Lunatic asylums Bombay report 1878-1890 - 1878-1890
Year: 1878
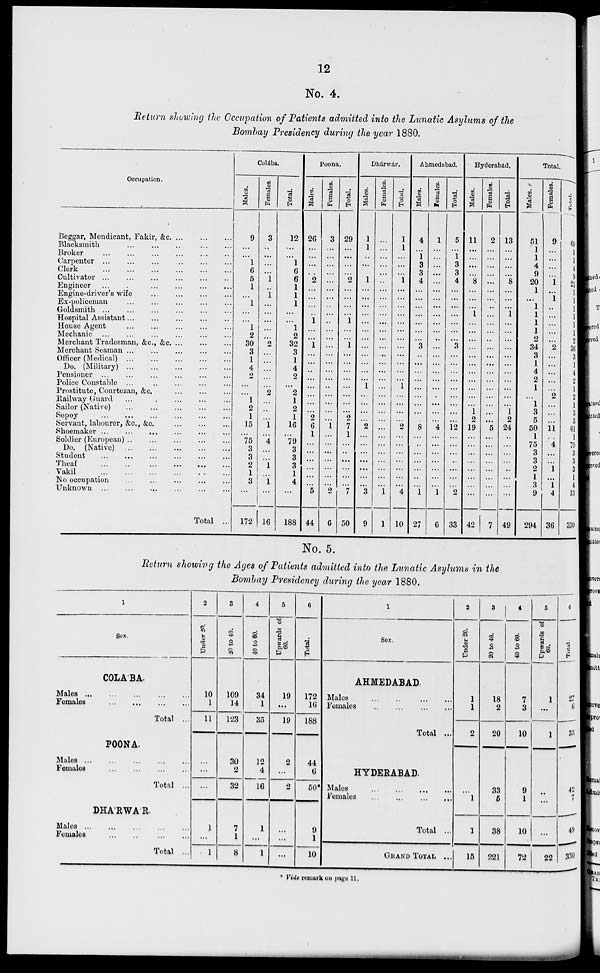
12
No. 4.
Return showing the Occupation of Patients admitted into the Lunatic Asylums of the
Bombay Presidency during the year 1880.
Occupation.
Beggar, Mendicant, Fakir, &c. ... ... ...
Blacksmith
...
...
...
...
...
Broker
...
...
...
...
...
...
Carpenter
...
...
...
...
...
...
Clerk
...
...
...
...
...
...
Cultivator
...
...
...
...
...
...
Engineer
...
...
...
...
...
...
Engine-driver's wife
...
...
...
...
Ex-policeman
...
...
...
...
...
Goldsmith ... ... ... ... ... ... ...
Hospital Assistant
...
...
...
...
...
House Agent
...
...
...
...
...
Mechanic ...
... ... ... ... ...
Merchant Tradesman, &c., &c. ... ... ...
Merchant Seaman ... ... ... ... ...
Officer (Medical)
...
...
...
...
...
Do. (Military)
...
...
...
...
...
Pensioner ... ... ... ... ... ...
Police Constable ...
...
...
...
...
Prostitute, Courtezan, &c.
...
...
...
Railway Guard
... ... ... ... ...
Sailor (Native)
...
...
...
...
...
Sepoy
...
...
...
...
...
...
Servant, labourer, &c., &c.
...
...
...
Shoemaker ...
...
...
...
...
Soldier (European)
...
...
...
...
...
Do. (Native)
...
...
...
...
...
Student
...
...
...
...
...
...
Theaf
...
...
...
...
...
...
Vakil
...
...
...
...
...
...
No occupation
...
...
...
...
...
Unknown ... ... ... ... ... ... ...
Total ...
Colába.
Males.
9
...
...
1
6
5
1
...
1
...
...
1
2
30
3
1
4
2
...
...
1
2
1
15
...
75
3
3
2
1
3
...
172
Females.
3
...
...
...
...
1
...
1
...
...
...
...
...
2
...
...
...
...
...
2
...
...
...
1
...
4
...
...
1
...
1
...
16
Total.
12
...
...
1
6
6
1
1
1
...
...
1
2
32
3
1
4
2
...
2
1
2
1
16
...
79
3
3
3
1
4
...
188
Poona.
Males.
26
...
...
...
...
2
...
...
...
...
1
...
...
1
...
...
...
...
...
...
...
...
2
6
1
...
...
...
...
...
...
5
44
Females.
3
...
...
...
...
...
...
...
...
...
...
...
...
...
...
...
...
...
...
...
...
...
...
1
...
...
...
...
...
...
...
2
6
Total.
29
...
...
...
...
2
...
...
...
...
1
...
...
1
...
...
...
...
...
...
...
...
2
7
1
...
...
...
...
...
...
7
50
Dhárwár.
Males.
1
1
..
...
...
1
...
...
...
...
...
...
...
...
...
...
...
...
1
...
...
...
...
2
...
...
...
...
...
...
...
3
9
Females.
...
...
...
...
...
...
...
...
...
...
...
...
...
...
...
...
...
...
...
...
...
...
...
...
...
...
...
...
...
...
...
1
1
Total.
1
1
...
...
...
1
...
...
...
...
...
...
...
...
...
...
...
...
1
...
...
...
...
2
...
...
...
...
...
...
...
4
10
Ahmedabad.
Males.
4
...
1
3
3
4
...
...
...
...
...
...
...
3
...
...
...
...
...
...
...
...
...
8
...
...
...
...
...
...
...
1
27
Females.
1
...
...
...
...
...
...
...
...
...
...
...
...
...
...
...
...
...
...
...
...
...
...
4
...
...
...
...
...
...
...
1
6
Total.
5
...
1
3
3
4
...
...
...
...
...
...
...
3
...
...
...
...
...
...
...
...
...
12
...
...
...
..
...
...
...
2
33
Hyderabad.
Males.
11
...
...
...
...
8
...
...
...
1
...
...
...
...
...
...
...
...
...
...
...
1
2
19
...
...
...
...
...
...
...
...
42
Females.
2
...
...
...
...
...
...
...
...
...
...
...
...
...
...
...
...
...
...
...
...
...
...
5
...
...
...
...
...
...
...
...
7
Total.
13
...
...
...
...
8
...
...
...
1
...
...
...
...
...
...
...
...
...
...
...
1
2
24
...
...
...
...
...
...
...
...
49
Total.
Males.
51
1
1
4
9
20
1
...
1
1
1
1
2
34
3
1
4
2
1
...
1
3
5
50
1
75
3
3
2
1
3
9
294
Females.
9
...
...
...
...
1
...
1
...
...
...
...
...
2
...
...
...
...
...
2
...
...
...
11
...
4
...
...
1
...
1
4
36
Total.
60
1
1
4
9
21
1
1
1
1
1
1
2
36
3
1
4
2
1
2
1
3
5
61
1
79
3
3
3
1
4
13
330
No. 5.
Return showing the Ages of Patients admitted into the Lunatic Asylums in the
Bombay Presidency during the year 1880.
1
Sex.
COLA'BA.
Males
...
...
...
...
...
Females
...
...
...
...
Total ...
POONA.
Males
...
...
...
...
...
Females
...
...
...
...
Total ...
DHARWAR.
Males
...
...
...
...
...
Females
...
...
...
...
Total ...
2
Under 20.
10
1
11
...
...
...
1
...
1
3
20
to 40.
109
14
123
30
2
32
7
1
8
4
40 to 60.
34
1
35
12
4
16
1
...
1
5
Upwards of
60.
19
...
19
2
...
2
...
...
...
6
Total.
172
16
188
44
6
50*
9
1
10
1
Sex.
AHMEDABAD.
Males
...
...
...
...
Females
...
...
...
...
Total ...
HYDERABAD.
Males
...
...
...
...
Females
...
...
...
...
Total ...
GRAND TOTAL ...
2
Under 20.
1
1
2
...
1
1
15
3
20 to 40.
18
2
20
33
5
38
221
4
40 to 60.
7
3
10
9
1
10
72
5
Upwards of
60.
1
...
1
...
...
...
22
6
Total.
27
6
33
42
7
49
330
* Vide remark on page 11.